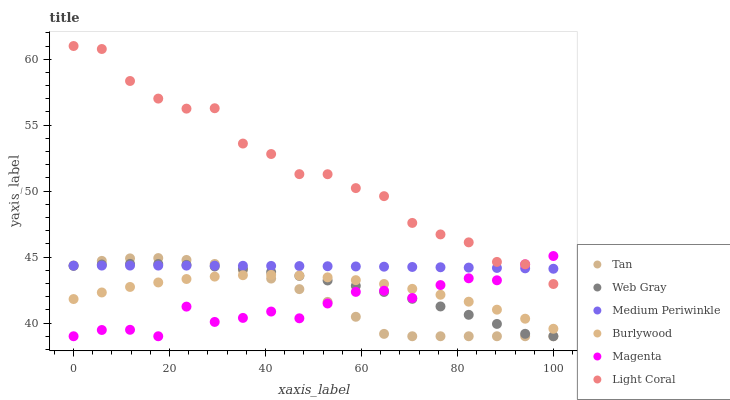
| xaxis_label | Tan | Web Gray | Medium Periwinkle | Burlywood | Magenta | Light Coral |
 | --- | --- | --- | --- | --- | --- | --- |
 | 0 | 44.4 | 44.3 | 44.4 | 41.8 | 39 | 61 |
 | 5.88 | 44.7 | 44.4 | 44.4 | 42.3 | 39.5 | 60.8 |
 | 11.8 | 44.9 | 44.5 | 44.4 | 42.7 | 39.5 | 58.3 |
 | 17.6 | 44.9 | 44.5 | 44.4 | 43.1 | 39 | 57 |
 | 23.5 | 44.8 | 44.4 | 44.4 | 43.3 | 41.2 | 56.3 |
 | 29.4 | 44.5 | 44.3 | 44.3 | 43.5 | 40.1 | 56.3 |
 | 35.3 | 44 | 44.1 | 44.3 | 43.6 | 40.4 | 53.6 |
 | 41.2 | 43.4 | 43.9 | 44.3 | 43.7 | 40.9 | 52.8 |
 | 47.1 | 42.6 | 43.6 | 44.3 | 43.6 | 40.4 | 51.3 |
 | 52.9 | 41.6 | 43.2 | 44.3 | 43.5 | 41.5 | 51.3 |
 | 58.8 | 40.5 | 42.8 | 44.3 | 43.3 | 42.4 | 50.2 |
 | 64.7 | 39.2 | 42.4 | 44.3 | 43 | 42.5 | 49.6 |
 | 70.6 | 39 | 41.8 | 44.3 | 42.6 | 41.9 | 47.6 |
 | 76.5 | 39 | 41.3 | 44.2 | 42.1 | 42.9 | 46.7 |
 | 82.4 | 39 | 40.6 | 44.2 | 41.6 | 43.4 | 46.1 |
 | 88.2 | 39 | 39.9 | 44.2 | 41 | 43.2 | 44.6 |
 | 94.1 | 39 | 39.2 | 44.1 | 40.3 | 44.5 | 44.5 |
 | 100 | 39 | 39 | 44.1 | 39.6 | 45.1 | 43 |